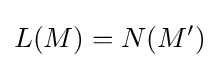
L(M)=N(M')